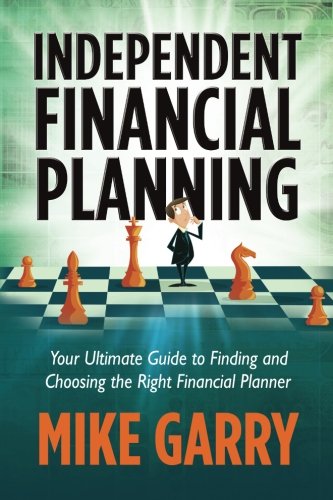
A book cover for Independent Financial Planning: Your Ultimate Guide to Finding and Choosing the Right Financial Planner; Mike Garry; Business & Money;